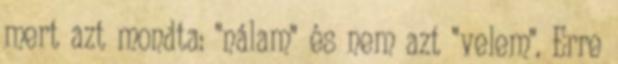
mert azt mondta: "nálam" és nem azt "velem". Erre